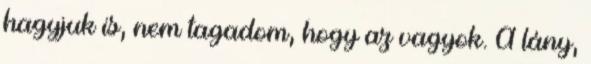
hagyjuk is, nem tagadom, hogy az vagyok. A lány,